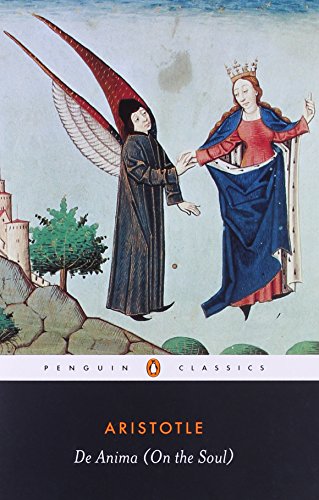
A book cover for De Anima (Penguin Classics); Aristotle; Politics & Social Sciences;